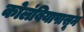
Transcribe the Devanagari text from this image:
कोलंबियापासून